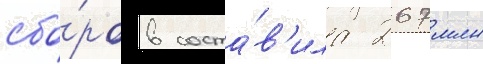
сбо́ров соста́в'ила 267 млн